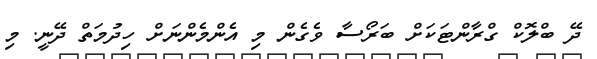
ދޭ ބްލޮކް ގްރާންޓަކަށް ބަރޯސާ ވެގެން މި އެންމެންނަށް ހިދުމަތް ދޭނީ. މި